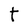
Character: t